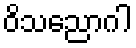
ဝိသညောဂါ